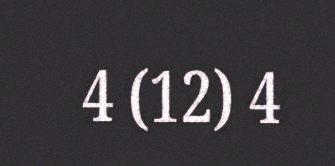
4 (12) 4